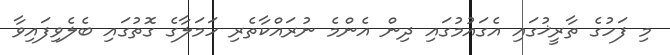
މި ފަހުގެ ތާރީޚުގައި އެގައުމުގައި ދިން އެންމެ ނުރައްކާތެރި ހަމަލާގެ ގޮތުގައި ބެލެވިފައިވާ